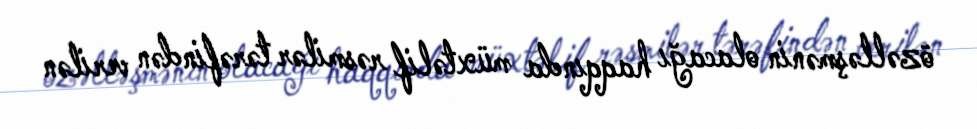
özəlləşmənin olacağı haqqında müxtəlif rəsmilər tərəfindən verilən